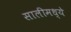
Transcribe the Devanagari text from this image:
सालीमध्ये